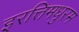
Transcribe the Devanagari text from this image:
इरत्तिमधुरम